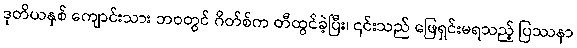
ဒုတိယနှစ် ကျောင်းသား ဘဝတွင် ဂိတ်စ်က တီထွင်ခဲ့ပြီး၊ ၎င်းသည် ဖြေရှင်းမရသည့် ပြဿနာ